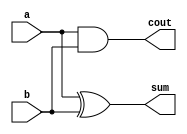
`timescale 1ns / 1ps
//////////////////////////////////////////////////////////////////////////////////
// Company: IMB-CNM, CSIC
// 
// Design Name: Half Adder
// Module Name: half_adder
// Description: Implementation of Half Adder.
// 
// Dependencies: 
// 
// Revision:
// Revision 0.01 - File Created
// Additional Comments:
// 
//////////////////////////////////////////////////////////////////////////////////


module half_adder(
    output sum,
    output cout,
    input a,
    input b
);

    xor(sum, a, b);
    and(cout, a, b);

endmodule